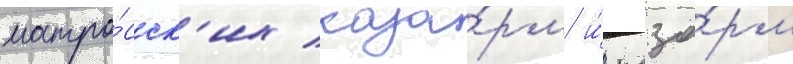
матро́сск'их каза́рм и́ каза́рм